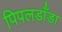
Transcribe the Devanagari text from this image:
पिपलडाँडा